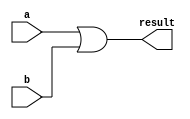
module orTest(result, a ,b);
input[4:0] a,b;
output[4:0] result;


assign result = a | b;

endmodule